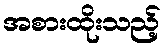
အစားထိုးသည့်